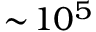
\sim \! 1 0 ^ { 5 }